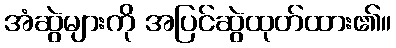
အံဆွဲများကို အပြင်ဆွဲထုတ်ထား၏။